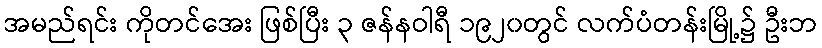
အမည်ရင်း ကိုတင်အေး ဖြစ်ပြီး ၃ ဇန်နဝါရီ ၁၉၂၀တွင် လက်ပံတန်းမြို့၌ ဦးဘ